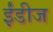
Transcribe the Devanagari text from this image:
ईंडीज